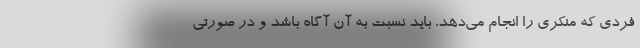
فردی که منکری را انجام می‌دهد، باید نسبت به آن آگاه باشد و در صورتی